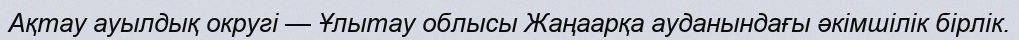
Ақтау ауылдық округі — Ұлытау облысы Жаңаарқа ауданындағы әкімшілік бірлік.